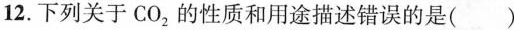
12.下列关于CO_{2}的性质和用途描述错误的是( )